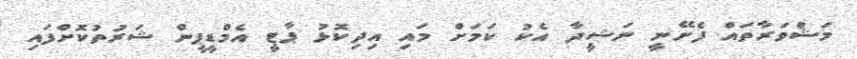
މަޝްވަރާތައް ފެށޭނީ ނަޝީދާ އެކު ކަމަށް މައި އިދިކޮޅު ޕާޓީ އެމްޑީޕީން ޝަރުތުކޮށްފައި